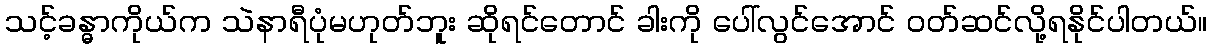
သင့်ခန္ဓာကိုယ်က သဲနာရီပုံမဟုတ်ဘူး ဆိုရင်တောင် ခါးကို ပေါ်လွင်အောင် ဝတ်ဆင်လို့ရနိုင်ပါတယ်။